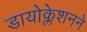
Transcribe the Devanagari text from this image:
डायोक्लेशनने